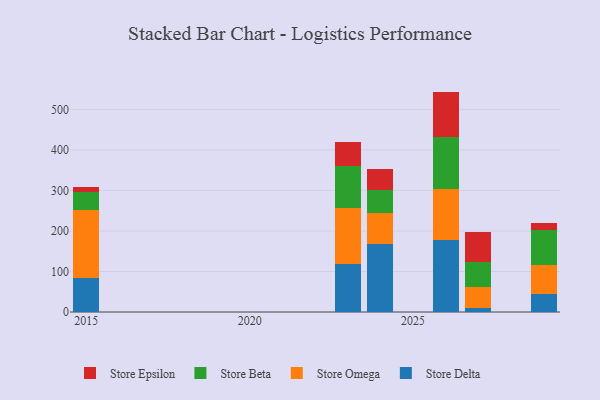
{"axis": {"x": "Year", "y": "Website Visitors"}, "legend": ["Store Beta", "Store Delta", "Store Epsilon", "Store Omega"], "data": [{"x": "2029", "y": 43.8, "type": "Store Delta"}, {"x": "2029", "y": 72.8, "type": "Store Omega"}, {"x": "2029", "y": 86.0, "type": "Store Beta"}, {"x": "2029", "y": 16.7, "type": "Store Epsilon"}, {"x": "2023", "y": 118.5, "type": "Store Delta"}, {"x": "2023", "y": 138.1, "type": "Store Omega"}, {"x": "2023", "y": 104.8, "type": "Store Beta"}, {"x": "2023", "y": 58.8, "type": "Store Epsilon"}, {"x": "2015", "y": 84.2, "type": "Store Delta"}, {"x": "2015", "y": 168.5, "type": "Store Omega"}, {"x": "2015", "y": 43.5, "type": "Store Beta"}, {"x": "2015", "y": 12.1, "type": "Store Epsilon"}, {"x": "2027", "y": 10.9, "type": "Store Delta"}, {"x": "2027", "y": 51.5, "type": "Store Omega"}, {"x": "2027", "y": 61.5, "type": "Store Beta"}, {"x": "2027", "y": 73.6, "type": "Store Epsilon"}, {"x": "2026", "y": 178.1, "type": "Store Delta"}, {"x": "2026", "y": 125.9, "type": "Store Omega"}, {"x": "2026", "y": 127.5, "type": "Store Beta"}, {"x": "2026", "y": 112.5, "type": "Store Epsilon"}, {"x": "2024", "y": 168.9, "type": "Store Delta"}, {"x": "2024", "y": 75.4, "type": "Store Omega"}, {"x": "2024", "y": 56.4, "type": "Store Beta"}, {"x": "2024", "y": 53.5, "type": "Store Epsilon"}]}